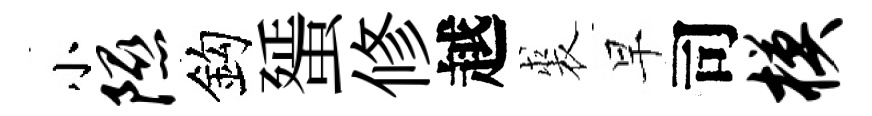
小隰鈎蜑修越裘早司模